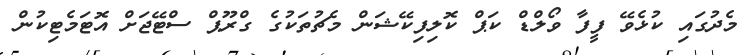
މެދުގައި ކުޅެވޭ ފީފާ ވޯލްޑް ކަޕް ކޮލިފިކޭޝަން މެޗުތަކުގެ ގްރޫޕް ސްޓޭޖަށް އޮޓަމެޓިކުން